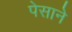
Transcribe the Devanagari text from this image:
पेसाने